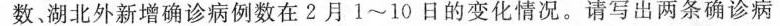
数、湖北新增确诊病例数湖北外新增确诊病例数在2月1~10日的变化情况。请写出两条确诊病